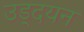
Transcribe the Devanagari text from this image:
उड्दयन